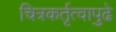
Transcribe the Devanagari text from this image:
चित्रकर्तृत्वापुढे